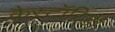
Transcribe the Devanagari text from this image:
कैस्टॉरिडी